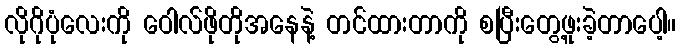
လိုဂိုပုံလေးကို ဝေါလ်ဖိုတိုအနေနဲ့ တင်ထားတာကို စပြီးတွေ့ဖူးခဲ့တာပေါ့။